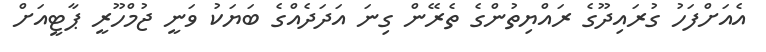
އެއަށްފަހު ގުރައިދޫގެ ރައްޔިތުންގެ ތެރޭން ގިނަ އަދަދެއްގެ ބަޔަކު ވަނީ ޖުމްހޫރީ ޕާޓީއަށް